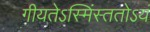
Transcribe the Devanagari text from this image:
गीयतेऽस्मिंस्ततोऽयं